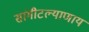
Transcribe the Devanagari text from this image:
सांगीटल्याणाय